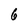
Character: 6